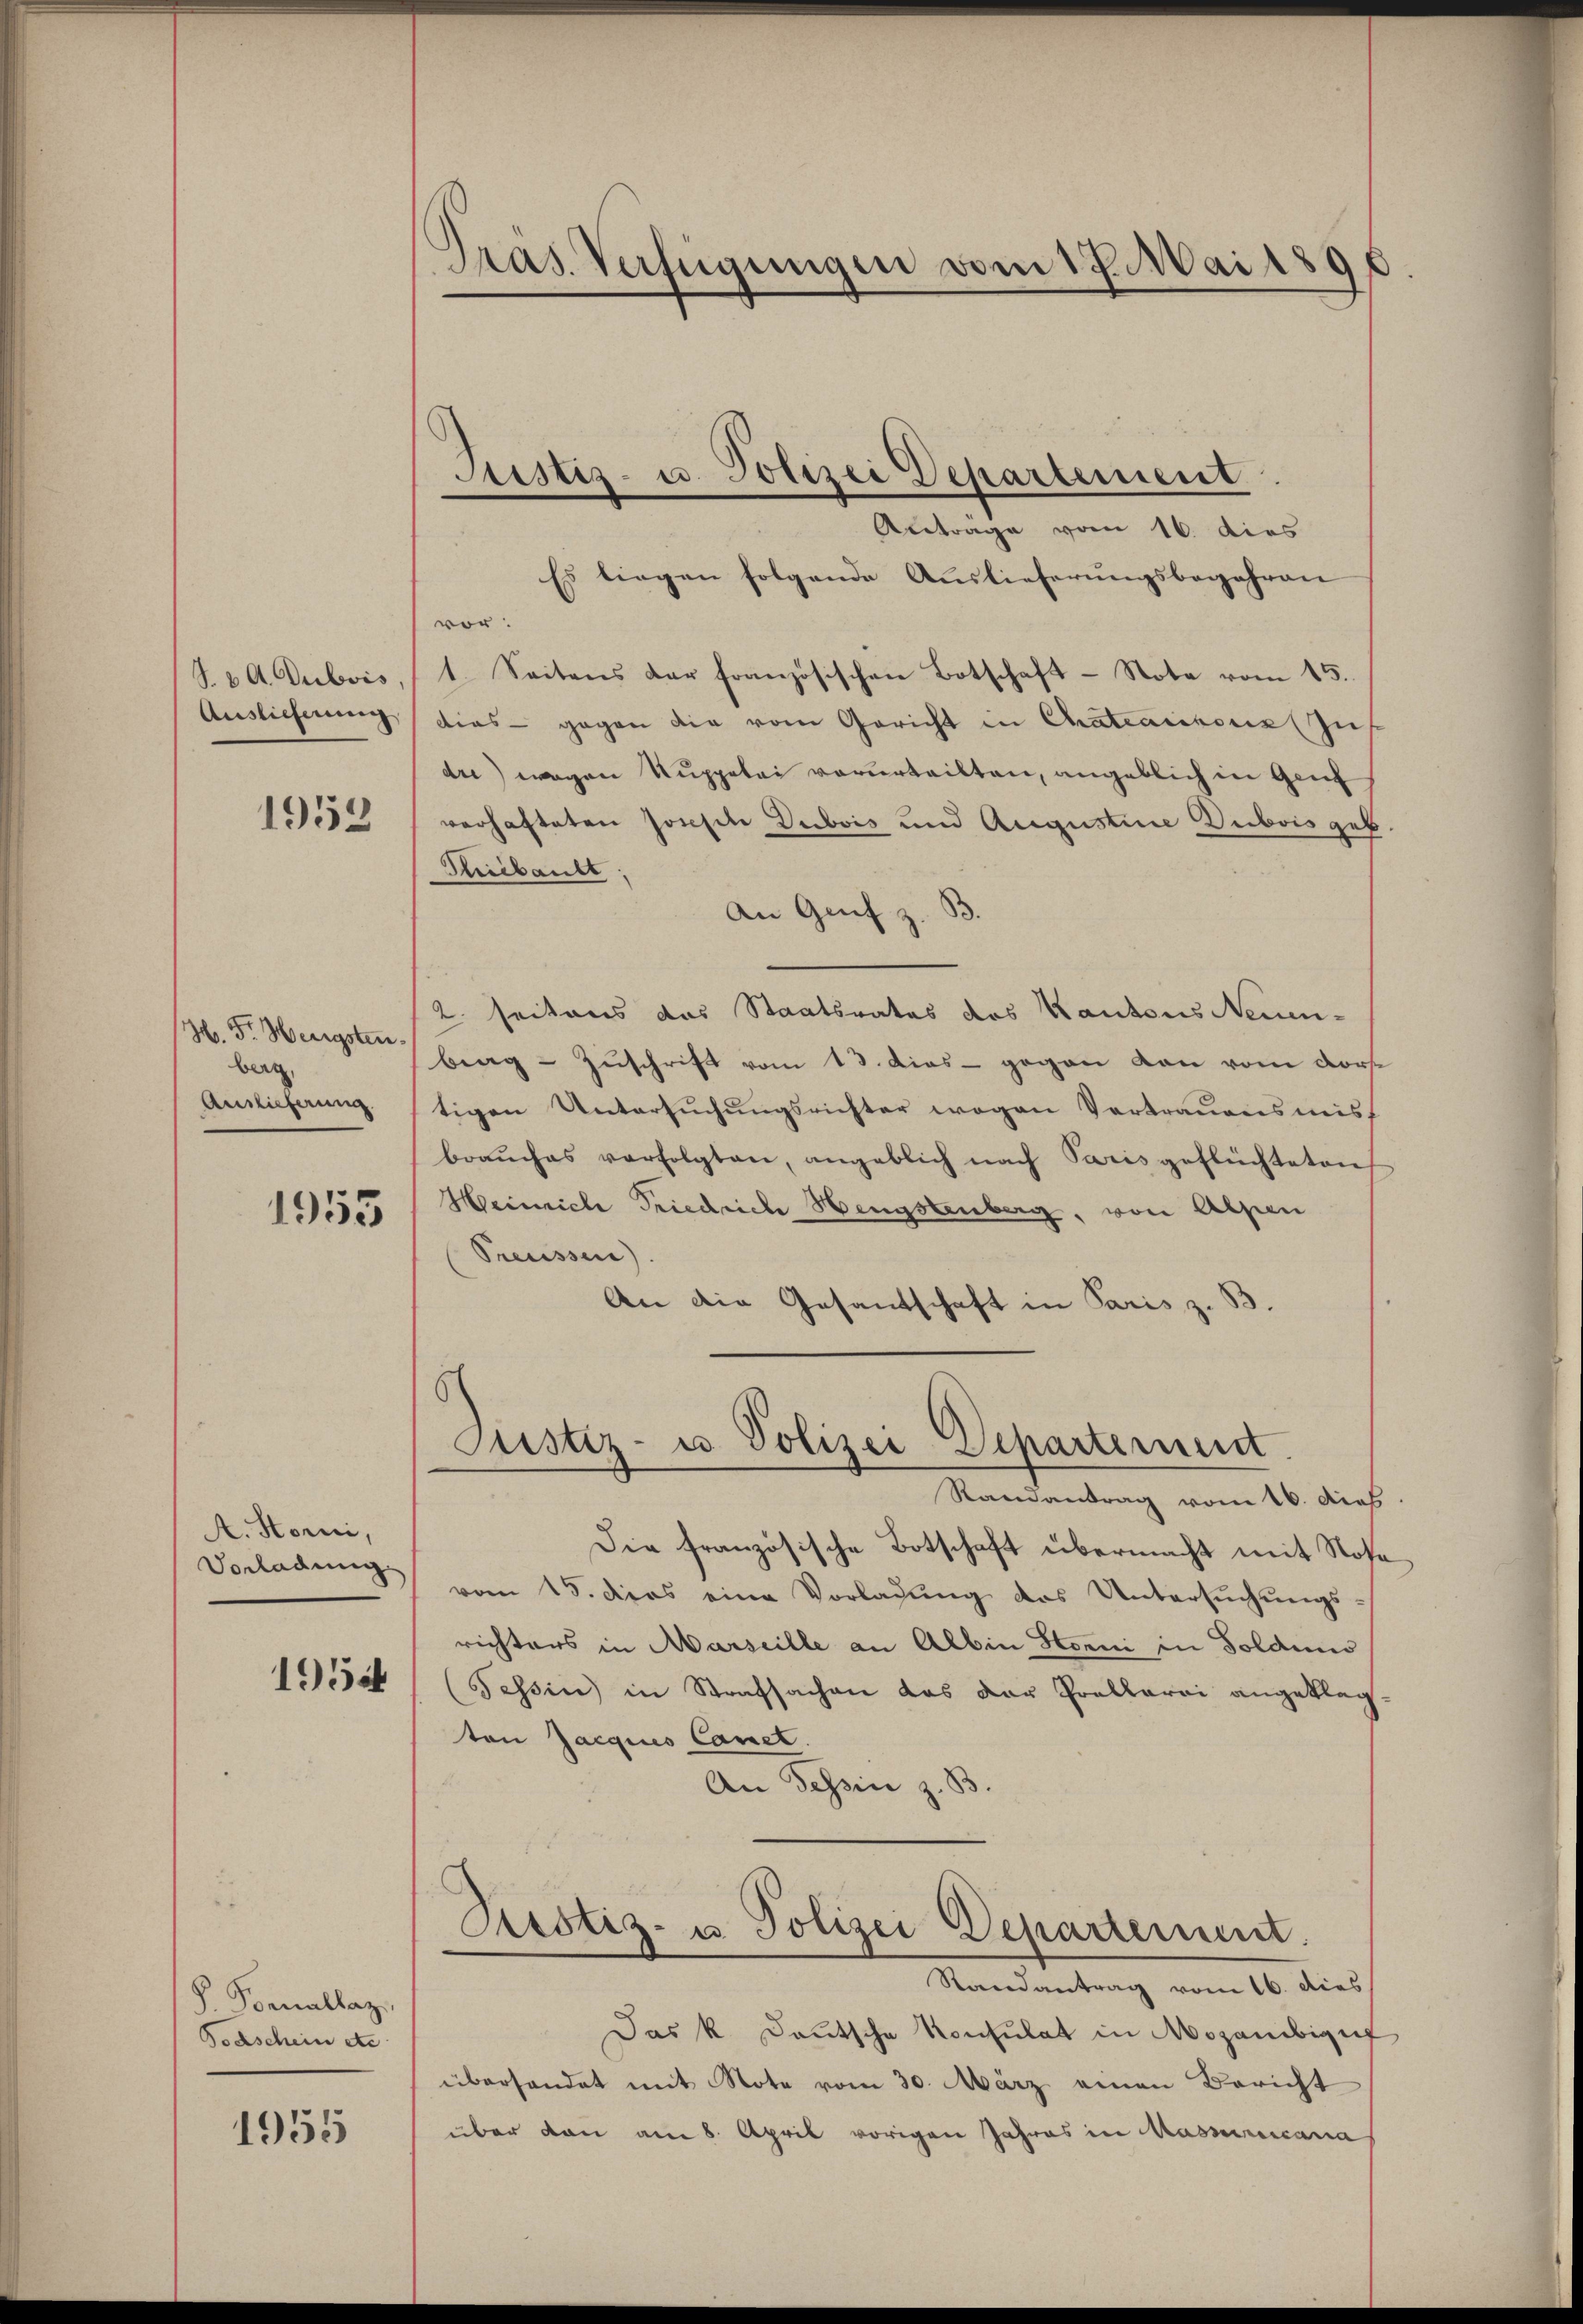
J. A. Dubois,
Auslieferung

1953

H. Fr. Wenigstenberg,
Auslieferung.

1953

A. Horni,
Vorladung

1954

S. Poenallaz
Poaschein etc.

1955

Präs. Verfügungen vom 17. Mai 1896

Es liegen folgende Auslieferungsbegehren
vor.
1. Seitens der französischen Botschaft - Note vom 15.
dias - gegen die vom Gericht in Chateaussus zus
dre) wegen Kuppelei verurteilten, angeblich in Genf
verhafteten Joseph Dubois und Augustine Dubois geb.
Kibault,
An Genf z. B.
2 seitens das Staatsrates des Kantons Neuen-
bag - Zuschrift vom 13. dies - gegen von vom Dorse
tigen Untersŭchŭngsrichter wegen Vertrauensmisf
brauches verfolgten, angeblich nach Paris geflüchteten
Heinrich Friedrich Hengstenberg, von Alpen
Preussen).
An die Gesandschaft in Paris z. B.
Justiz- u. Polizei Departement
Randantrag vom 16. dies
Die französische Botschaft übermacht mit Rose
vom 15. dies eine Vorladŭng des Untersŭchŭngs-
richters in Marseille an Albin Horni in Solduno
Tessin in Strafsachen das der Prollarii angeklagton Zacgius Concl.
An Tessin z. B.
Pcstiz- u. Polizei Departement.
Randantrag vom 16. dies
Das k. Deutsche Konsulat in Mozambigu
überhandet mit Note vom 30. März einen Bericht
über dann am 8. April vorigen Jahres in Massreicana

Justiz- u. Polizei Departement
Antrage vom 16. dies